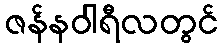
ဇန်နဝါရီလတွင်